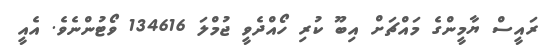
ރައީސް ޔާމީންގެ މައްޗަށް އިބޫ ކުރި ހޯއްދެވީ ޖުމްލަ 134616 ވޯޓުންނެވެ. އެއީ